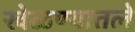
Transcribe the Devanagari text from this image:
खेळण्यातले